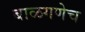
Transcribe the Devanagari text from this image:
बाळगणेच